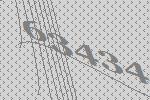
63434